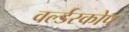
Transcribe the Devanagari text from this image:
वर्ल्डस्कोप